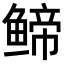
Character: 𬶤